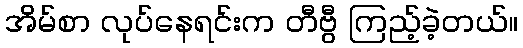
အိမ်စာ လုပ်နေရင်းက တီဗွီ ကြည့်ခဲ့တယ်။